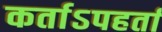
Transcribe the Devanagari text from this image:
कर्ताऽपहर्ता